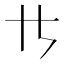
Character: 𪜀